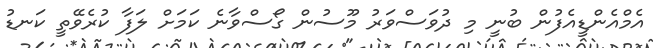
އެމްއެންޑީއެފުން ބުނީ މި ދުވަސްވަރު މޫސުން ގޯސްވާނެ ކަމަށް ލަފާ ކުރެވޭތީ ކަނޑު